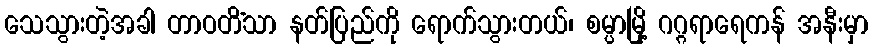
သေသွားတဲ့အခါ တာဝတိံသာ နတ်ပြည်ကို ရောက်သွားတယ်၊ စမ္ပာမြို့ ဂဂ္ဂရာရေကန် အနီးမှာ